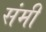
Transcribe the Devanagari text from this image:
संमी